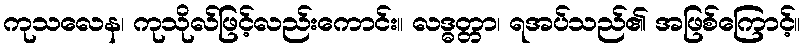
ကုသလေန၊ ကုသိုလ်ဖြင့်လည်းကောင်း။ လဒ္ဓတ္တာ၊ ရအပ်သည်၏ အဖြစ်ကြောင့်။